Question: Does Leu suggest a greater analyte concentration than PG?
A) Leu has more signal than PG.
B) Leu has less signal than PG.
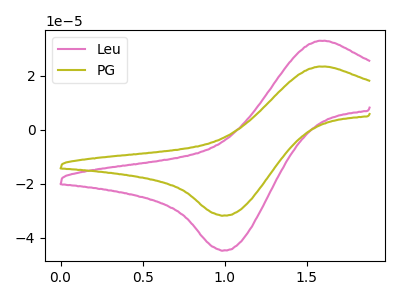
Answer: <think>The pink curve "Leu" has an anodic peak at (1.60V, 32.90uA) and a cathodic peak at (1.00V, -44.60uA). The olive curve "PG" has an anodic peak at (1.60V, 23.40uA) and a cathodic peak at (1.00V, -31.70uA).
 All the peaks in "Leu" have a peak in "PG" at the same potential. Every peak in "Leu" is higher than every peak in "PG".</think>
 <answer>A) "Leu" has more signal than "PG".</answer>
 <eval>A</eval>